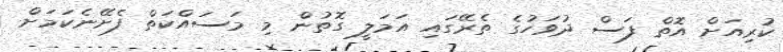
ކުރިއަށް އޮތް ފަސް ދުވަހުގެ ތެރޭގައި އަމަލީ ގޮތުން މި މަސައްކަތް ފެށޭނެކަމަށް